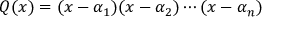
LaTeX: Q ( x ) = ( x - \alpha _ { 1 } ) ( x - \alpha _ { 2 } ) \cdots ( x - \alpha _ { n } )